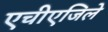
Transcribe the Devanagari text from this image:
एचीएजिले